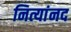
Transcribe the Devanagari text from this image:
नित्यांनद